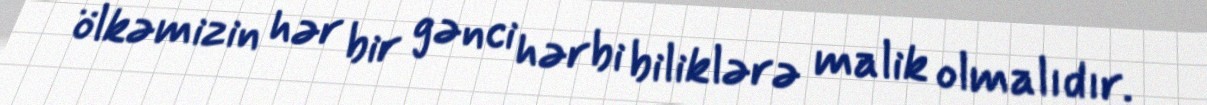
ölkəmizin hər bir gənci hərbi biliklərə malik olmalıdır.